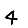
Digit: 4